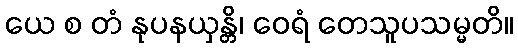
ယေ စ တံ နုပနယှန္တိ၊ ဝေရံ တေသူပသမ္မတိ။